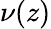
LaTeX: \nu(z)